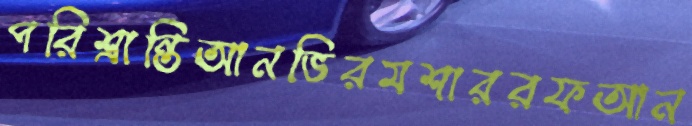
পরিশ্রান্তিআনভিরমশাররফআন